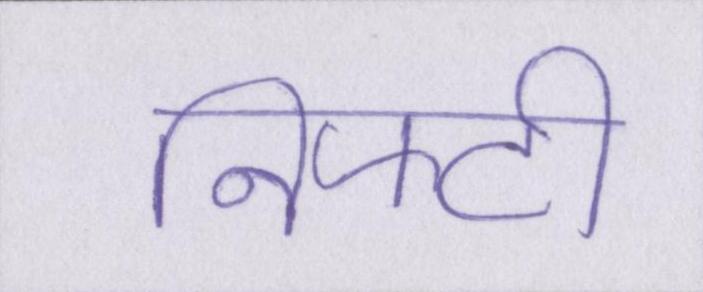
निफ्टी